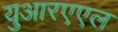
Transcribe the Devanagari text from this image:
युआरएएल